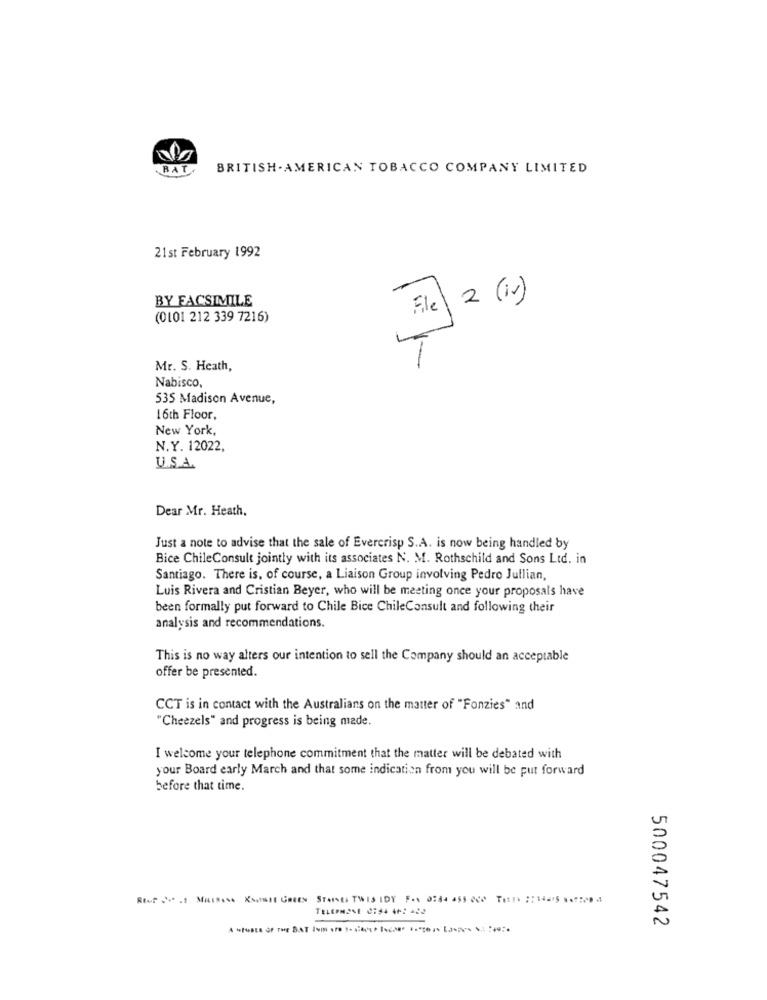
BAT.
BRITISH. AMERICAN TOBACCO COMPANY LIMITED
21st February 1992
BY FACSIMILE
File\ 2 ( iv)
(0101 212 339 7216)
Mr. S. Heath,
Nabisco.
535 Madison Avenue,
16th Floor,
New York,
N.Y. 12022,
U.S.A.
Dear Mr. Heath.
Just a note to advise that the sale of Evercrisp S.A. is now being handled by
Bice ChileConsult jointly with its associates N. M. Rothschild and Sons Ltd. in
Santiago. There is, of course, a Liaison Group involving Pedro Jullian,
Luis Rivera and Cristian Beyer, who will be meeting once your proposals have
been formally put forward to Chile Bice ChileConsult and following their
analysis and recommendations.
This is no way alters our intention to sell the Company should an acceptable
offer be presented.
CCT is in contact with the Australians on the matter of "Fonzies" and
"Cheezels" and progress is being made.
I welcome your telephone commitment that the matter will be debated with
your Board early March and that some indication from you will be put forward
before that time.
500047542